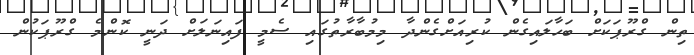
ތިން ގްރޫޕަކަށް ބަހާލައިގެން ކުރިއަށްގެންދާ މިމުބާރާތުގައި ސެމީ ފައިނަލަށް ދަނީ ކޮންމެ ގްރޫޕަކުން